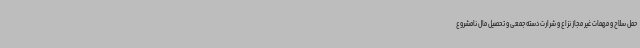
حمل سلاح و مهمات غیر مجاز نزاع و شرارت دسته جمعی و تحصیل مال نامشروع